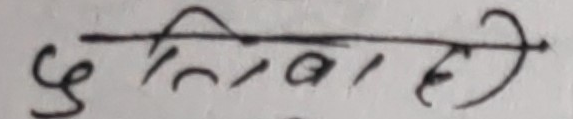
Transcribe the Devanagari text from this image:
दुतिबाले